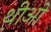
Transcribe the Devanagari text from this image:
थ़ीओ